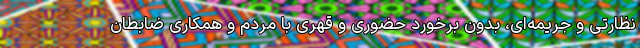
نظارتی و جریمه‌ای، بدون برخورد حضوری و قهری با مردم و همکاری ضابطان